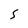
Character: S